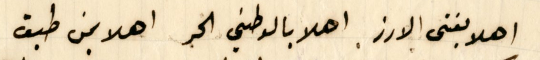
اهلا بفتى الارز اهلا بالوطني الحر اهلا بمن طبق